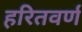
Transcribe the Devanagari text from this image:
हरितवर्ण